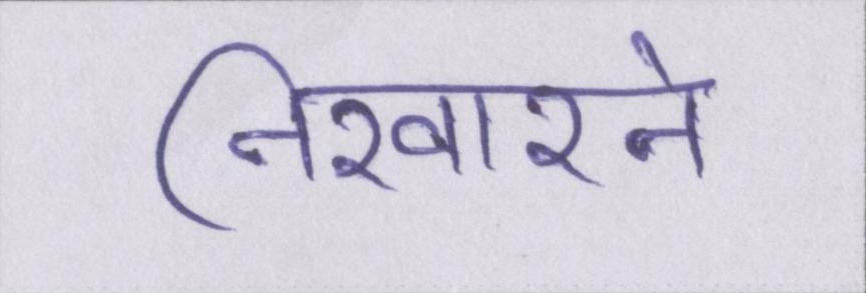
निखारने